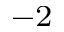
^ { - 2 }